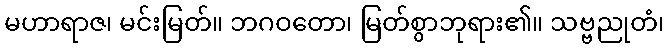
မဟာရာဇ၊ မင်းမြတ်။ ဘဂဝတော၊ မြတ်စွာဘုရား၏။ သဗ္ဗညုတံ၊